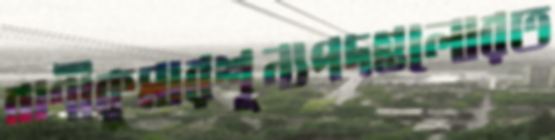
বাণীকুমারশূন্যপদগুলোরত